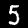
Digit: 5